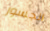
الجسور